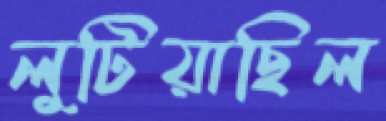
লুটিয়াছিল